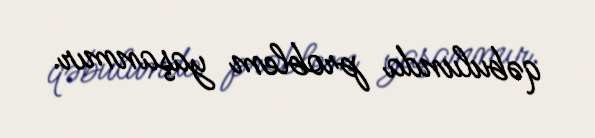
qəbulunda problem yaşanmır.